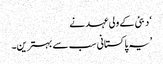
‘ دبئی کے ولی عہد نے
’یہ پاکستانی سب سے بہترین۔